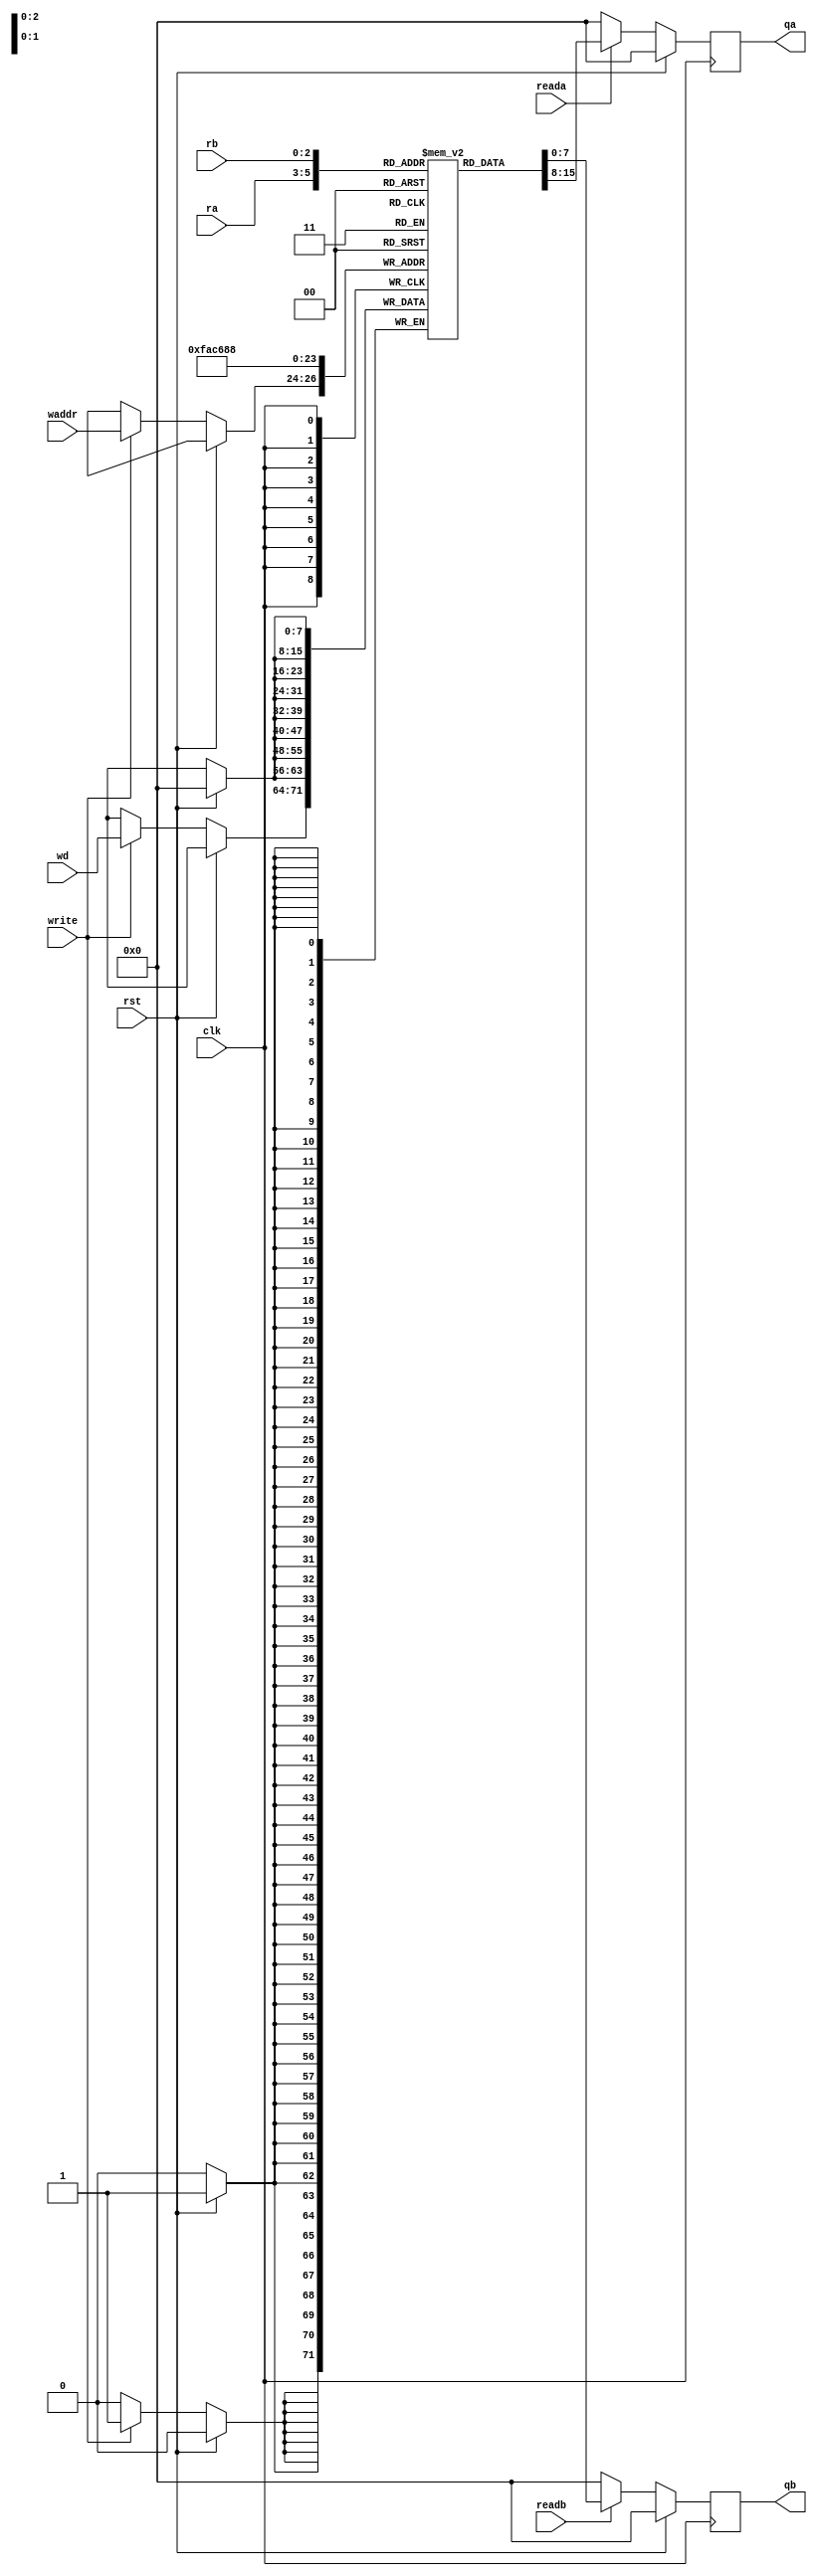
module rf #(parameter M=3,
            parameter N=8)
            (input rst,clk,
            
            input[N-1 : 0] wd,     //write data
            input[M-1 : 0] waddr,   //write address
            input write,            //write enable

            input[M-1 : 0] ra,      //read address a
            input reada,            //read enable a

            input [M-1 :0 ] rb ,    //read address b
            input readb,            //read enable b

            output reg [N-1 : 0] qa,    //output value pointed by ra
            output reg [N-1 : 0] qb    //output value pointed by rb
            );
        
        reg [N-1 : 0] register [2**M-1 : 0];
        integer i;
        always @(posedge clk) begin
            if(rst)begin
                for(i=0;i<=2**M-1;i=i+1)
                    register[i][N-1 : 0] <= 'b0;
                qa <= 'b0;
                qb <= 'b0;
            end
            else begin
                if(write)
                    register[waddr] <= wd;
                if(reada)
                    qa <= register[ra];
                else
                    qa <= 'b0;
                if(readb)
                    qb <= register[rb];
                else
                    qb <= 'b0;
            end
        end
endmodule